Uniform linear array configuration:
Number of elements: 32
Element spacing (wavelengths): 0.5
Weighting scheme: binomial
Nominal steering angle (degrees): -15
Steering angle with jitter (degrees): -15.695
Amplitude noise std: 0.05
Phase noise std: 0.05

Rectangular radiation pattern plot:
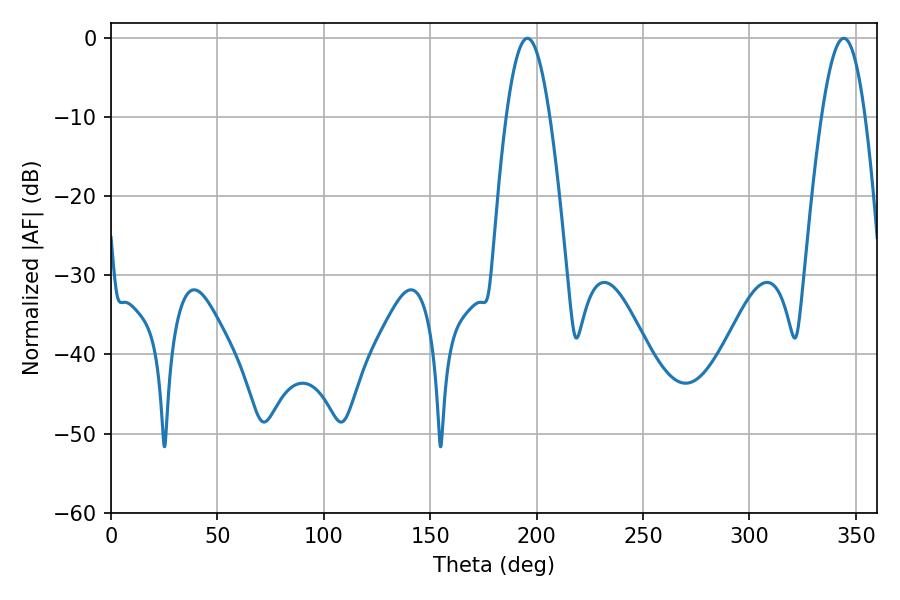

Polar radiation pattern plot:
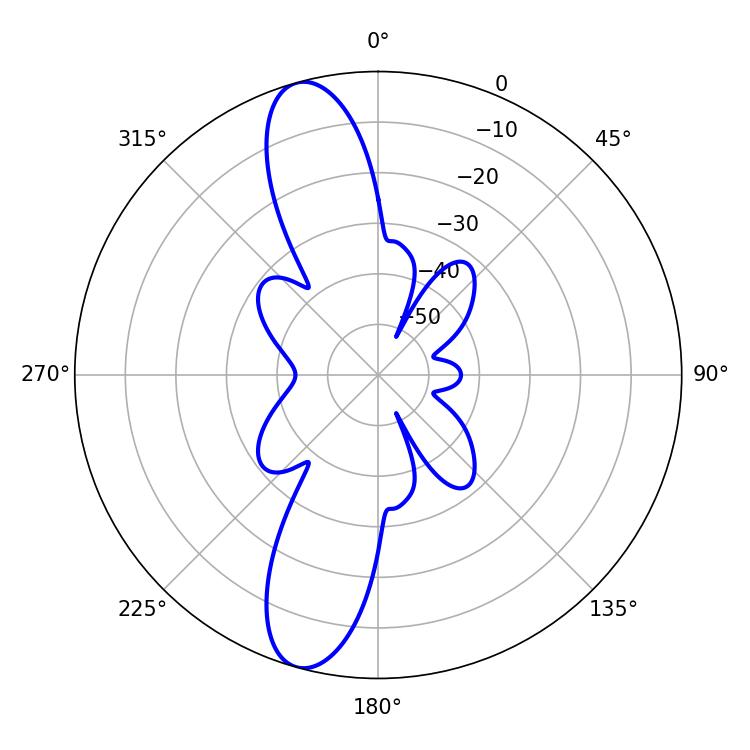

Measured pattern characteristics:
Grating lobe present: FALSE
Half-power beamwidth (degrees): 10.98
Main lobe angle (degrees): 195.66